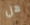
هل